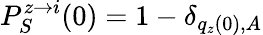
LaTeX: P_{S}^{z\rightarrow i}(0)=1-\delta_{q_{z}(0),A}